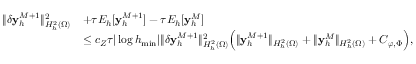
\begin{array} { r l } { \| \delta \mathbf { y } _ { h } ^ { M + 1 } \| _ { H _ { h } ^ { 2 } ( \Omega ) } ^ { 2 } } & { + \tau E _ { h } [ \mathbf { y } _ { h } ^ { M + 1 } ] - \tau E _ { h } [ \mathbf { y } _ { h } ^ { M } ] } \\ & { { \le c _ { Z } } \tau | \log h _ { \operatorname* { m i n } } | \| \delta \mathbf { y } _ { h } ^ { M + 1 } \| _ { H _ { h } ^ { 2 } ( \Omega ) } ^ { 2 } \Big ( \| \mathbf { y } _ { h } ^ { M + 1 } \| _ { H _ { h } ^ { 2 } ( \Omega ) } + \| \mathbf { y } _ { h } ^ { M } \| _ { H _ { h } ^ { 2 } ( \Omega ) } + C _ { \boldsymbol { \varphi } , \Phi } \Big ) , } \end{array}